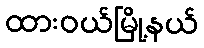
ထားဝယ်မြို့နယ်